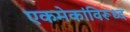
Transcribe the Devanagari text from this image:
एकमेकांविरूध्द